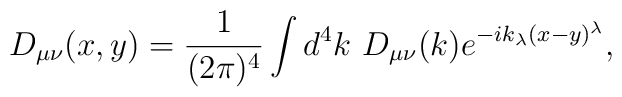
D_{\mu\nu}(x,y) = \frac{1}{(2\pi)^4}\int d^4k\ D_{\mu\nu}(k)e^{-ik_\lambda(x-y)^\lambda},